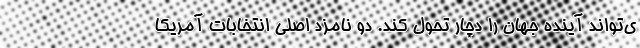
ی‌تواند آینده جهان را دچار تحول کند. دو نامزد اصلی انتخابات آمریکا